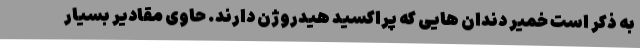
به ذکر است خمیر دندان هایی که پراکسید هیدروژن دارند. حاوی مقادیر بسیار